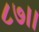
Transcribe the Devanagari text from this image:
८७।।